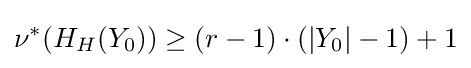
\nu ^{*}(H_{H}(Y_{0}))\geq (r-1)\cdot (|Y_{0}|-1)+1